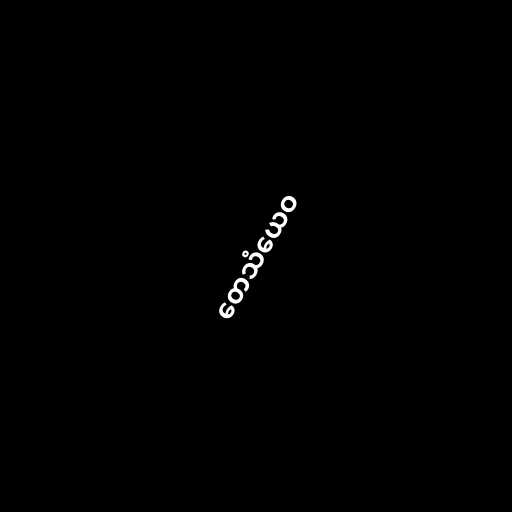
တေသံယေဝ